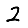
Digit: 2